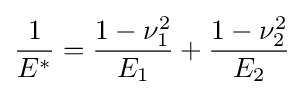
{\frac {1}{E^{*}}}={\frac {1-\nu _{1}^{2}}{E_{1}}}+{\frac {1-\nu _{2}^{2}}{E_{2}}}